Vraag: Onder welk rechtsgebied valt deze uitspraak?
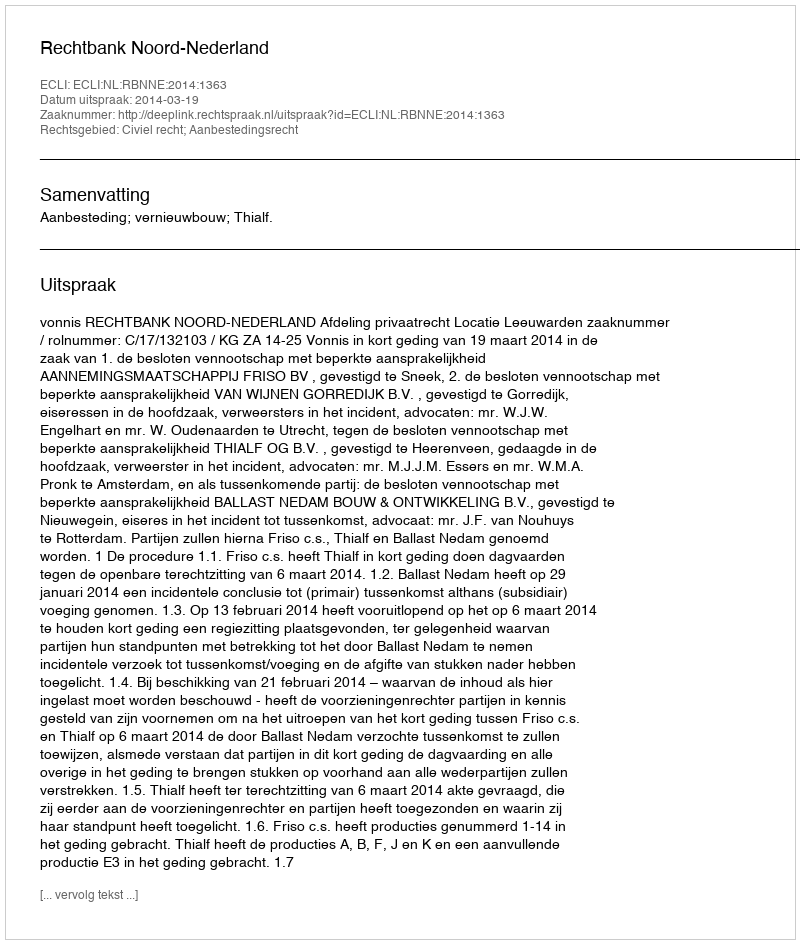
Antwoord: Civiel recht; Aanbestedingsrecht